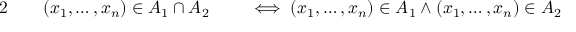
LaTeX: \begin{array} { r l r l } { { 2 } \quad } & { { } ( x _ { 1 } , \ldots , x _ { n } ) \in A _ { 1 } \cap A _ { 2 } } & { } & { { } \iff ( x _ { 1 } , \ldots , x _ { n } ) \in A _ { 1 } \land ( x _ { 1 } , \ldots , x _ { n } ) \in A _ { 2 } } \end{array}